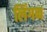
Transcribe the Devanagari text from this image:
लिंगन